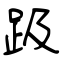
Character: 趿